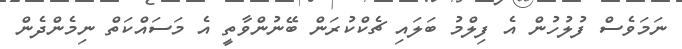
ނަމަވެސް ފުލުހުން އެ ފިލްމު ބަލައި ޗެކްކުރަން ބޭނުންވާތީ އެ މަސައްކަތް ނިމެންދެން